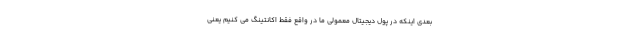
بعدی اینکه در پول دیجیتال معمولی ما در واقع فقط اکانتینگ می کنیم یعنی